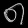
Digit: ၈